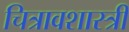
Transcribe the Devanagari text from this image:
चित्रावशास्त्री